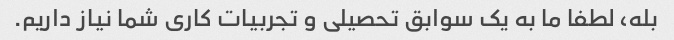
بله، لطفا ما به یک سوابق تحصیلی و تجربیات کاری شما نیاز داریم.